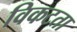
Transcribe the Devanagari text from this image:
विकटता